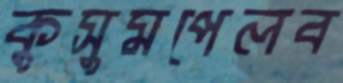
কুসুমপেলব